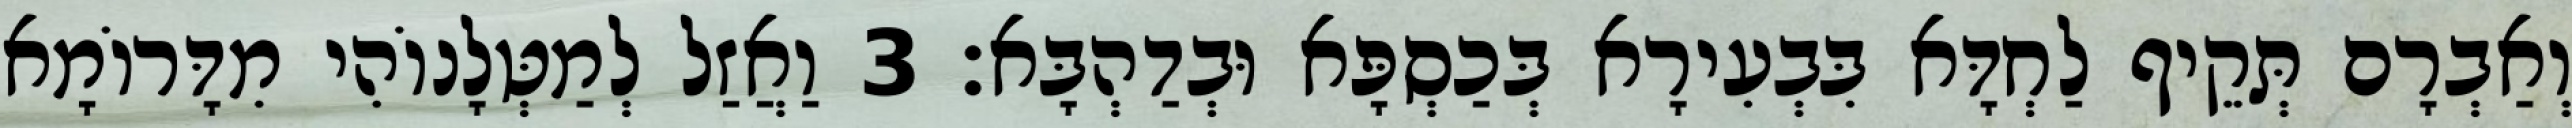
וְאַבְרָם תְּקֵיף לַחְדָּא בִּבְעִירָא בְּכַסְפָּא וּבְדַהְבָּא׃ 3 וַאֲזַל לְמַטְּלָנוֹהִי מִדָּרוֹמָא